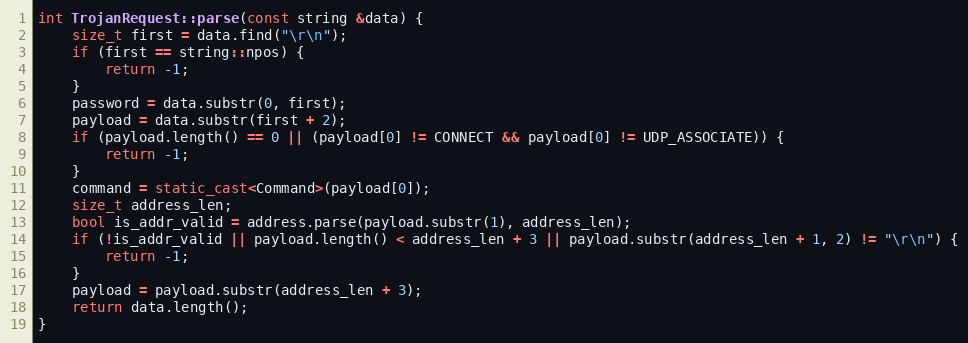
Language: C++
int TrojanRequest::parse(const string &data) {
    size_t first = data.find("\r\n");
    if (first == string::npos) {
        return -1;
    }
    password = data.substr(0, first);
    payload = data.substr(first + 2);
    if (payload.length() == 0 || (payload[0] != CONNECT && payload[0] != UDP_ASSOCIATE)) {
        return -1;
    }
    command = static_cast<Command>(payload[0]);
    size_t address_len;
    bool is_addr_valid = address.parse(payload.substr(1), address_len);
    if (!is_addr_valid || payload.length() < address_len + 3 || payload.substr(address_len + 1, 2) != "\r\n") {
        return -1;
    }
    payload = payload.substr(address_len + 3);
    return data.length();
}